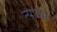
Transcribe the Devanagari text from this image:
त्यांला